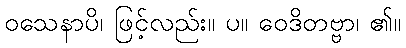
ဝသေနာပိ၊ ဖြင့်လည်း။ ပ။ ဝေဒိတဗ္ဗာ၊ ၏။